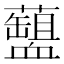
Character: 𧗘